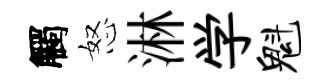
觸怒淋学魁